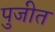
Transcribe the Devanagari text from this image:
पुजीत